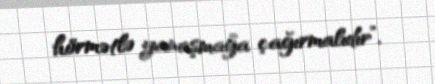
hörmətlə yanaşmağa çağırmalıdır”.